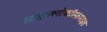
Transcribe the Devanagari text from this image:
साइक्लोफॉस्फ़माइड